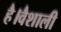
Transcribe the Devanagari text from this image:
है।वैशाली